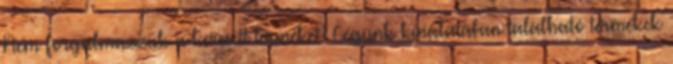
Nem forgalmazzuk a keresett terméket? Cégünk kínálatában található termékek